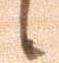
候